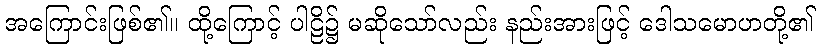
အကြောင်းဖြစ်၏။ ထို့ကြောင့် ပါဠိ၌ မဆိုသော်လည်း နည်းအားဖြင့် ဒေါသမောဟတို့၏